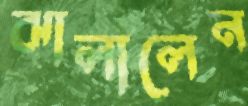
ঝালালেন